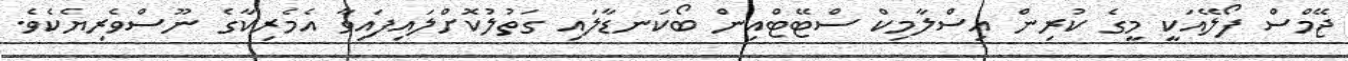
ޖޭމްސް ފޯލޭއަކީ މީގެ ކުރިން އިސްލާމިކް ސްޓޭޓްއިން ބޯކަނޑާލައި ގަތުލުކޮށްލައިފައިވާ އެމެރިކާގެ ނޫސްވެރިޔެކެވެ.